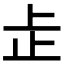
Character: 𬅸